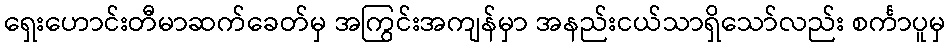
ရှေးဟောင်းတီမာဆက်ခေတ်မှ အကြွင်းအကျန်မှာ အနည်းငယ်သာရှိသော်လည်း စင်္ကာပူမှ